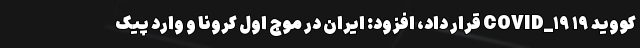
کووید ۱۹ COVID_۱۹ قرار داد، افزود: ایران در موج اول کرونا و وارد پیک